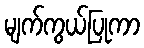
မျက်ကွယ်ပြုကာ